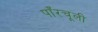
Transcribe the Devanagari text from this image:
पाँरचूली